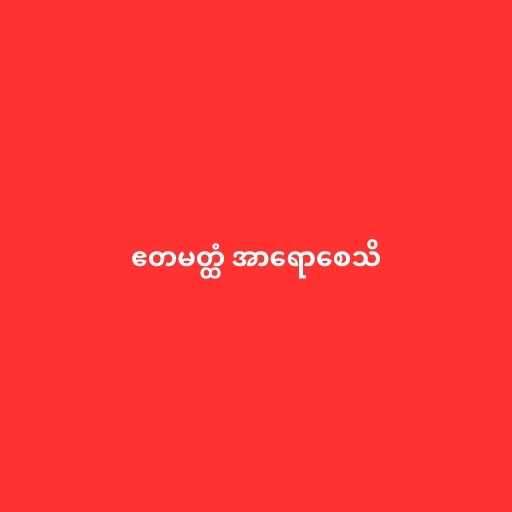
ဧတမတ္ထံ အာရောစေသိ